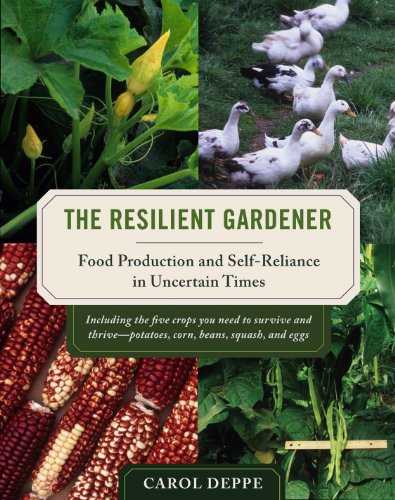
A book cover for The Resilient Gardener: Food Production and Self-Reliance in Uncertain Times; Carol Deppe; Crafts, Hobbies & Home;